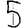
Digit: 5